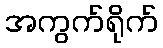
အကွက်ရိုက်